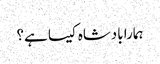
ہمارا بادشاہ کیسا ہے؟